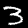
Digit: 3